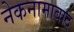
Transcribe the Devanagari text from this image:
नेकनामाबाद